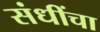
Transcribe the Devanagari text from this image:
संधींचा